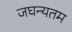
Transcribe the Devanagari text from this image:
जघन्यतम